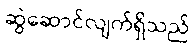
ဆွဲဆောင်လျက်ရှိသည်